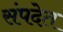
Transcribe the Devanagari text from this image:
संपदेत